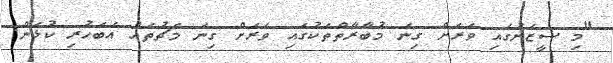
"މި ސީޒަނުގައި ވަރަށް ގިނަ މުބާރާތްތަކުގައި ވަރަށް ގިނަ މެޗުތައް އެބަހުރި ކުޅެން.